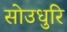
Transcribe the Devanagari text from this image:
सोउधुरि